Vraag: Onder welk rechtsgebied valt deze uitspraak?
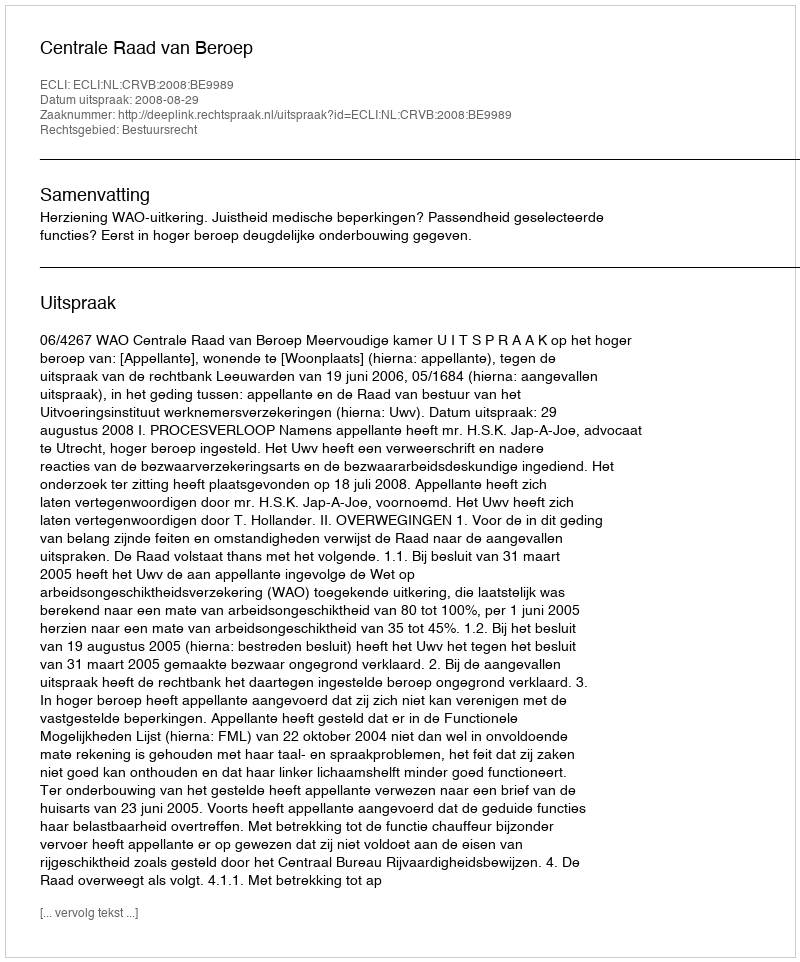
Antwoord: Bestuursrecht